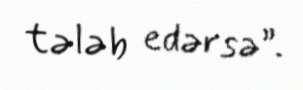
tələb edərsə”.